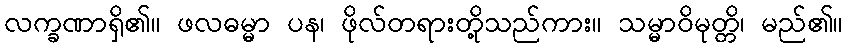
လက္ခဏာရှိ၏။ ဖလဓမ္မာ ပန၊ ဖိုလ်တရားတို့သည်ကား။ သမ္မာဝိမုတ္တိ၊ မည်၏။